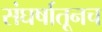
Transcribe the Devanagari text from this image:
संघर्षातूनच